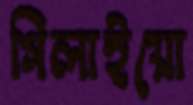
গিলাইয়ো